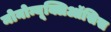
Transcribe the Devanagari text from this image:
मोनोन्यूक्लिऑसिस